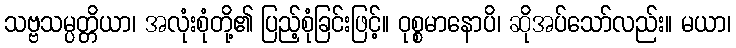
သဗ္ဗသမ္ပတ္တိယာ၊ အလုံးစုံတို့၏ ပြည့်စုံခြင်းဖြင့်။ ဝုစ္စမာနောပိ၊ ဆိုအပ်သော်လည်း။ မယာ၊